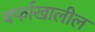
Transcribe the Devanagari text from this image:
बर्फाखालील